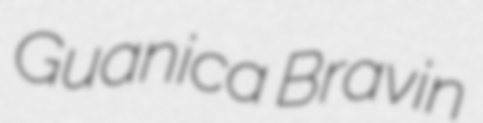
Guanica Bravin